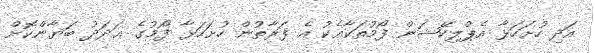
އަދި ހުށަހަޅާ އެޕްލިކޭޝަން ފޯމުތަކާއެކު އެ ފަރާތުން ހުށަހަޅާ ފޯމުގެ ޢަދަދު ބަޔާންކޮށް